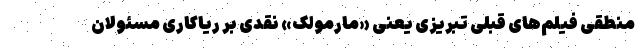
منطقی فیلم‌های قبلی تبریزی یعنی «مارمولک» نقدی بر ریاکاری مسئولان